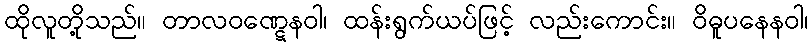
ထိုလူတို့သည်။ တာလဝဏ္ဋေနဝါ၊ ထန်းရွက်ယပ်ဖြင့် လည်းကောင်း။ ဝိဓူပနေနဝါ၊